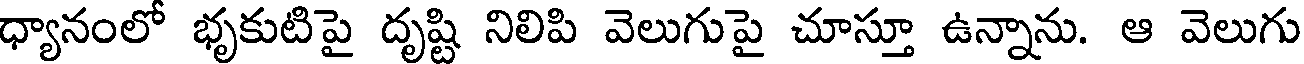
ధ్యానంలో భృకుటిపై దృష్టి నిలిపి వెలుగుపై చూస్తూ ఉన్నాను. ఆ వెలుగు